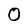
Character: O